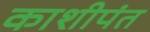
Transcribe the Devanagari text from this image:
काशीपंत